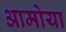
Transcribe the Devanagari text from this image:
आमोया